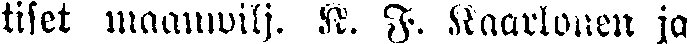
tiset maanwilj. K. F. Kaarlonen ja